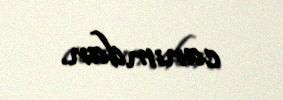
canımdan.